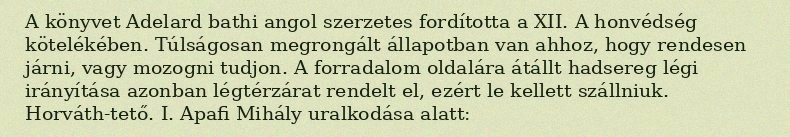
A könyvet Adelard bathi angol szerzetes fordította a XII. A honvédség kötelékében. Túlságosan megrongált állapotban van ahhoz, hogy rendesen járni, vagy mozogni tudjon. A forradalom oldalára átállt hadsereg légi irányítása azonban légtérzárat rendelt el, ezért le kellett szállniuk. Horváth-tető. I. Apafi Mihály uralkodása alatt: